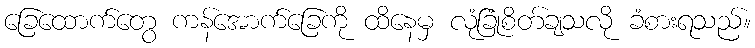
ခြေထောက်တွေ ကန်အောက်ခြေကို ထိနေမှ လုံခြုံစိတ်ချသလို ခံစားရသည်။